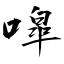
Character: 噑